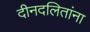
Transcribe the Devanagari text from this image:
दीनदलितांना